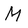
Character: M